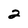
Character: 2